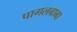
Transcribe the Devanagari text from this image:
पागलबाबा